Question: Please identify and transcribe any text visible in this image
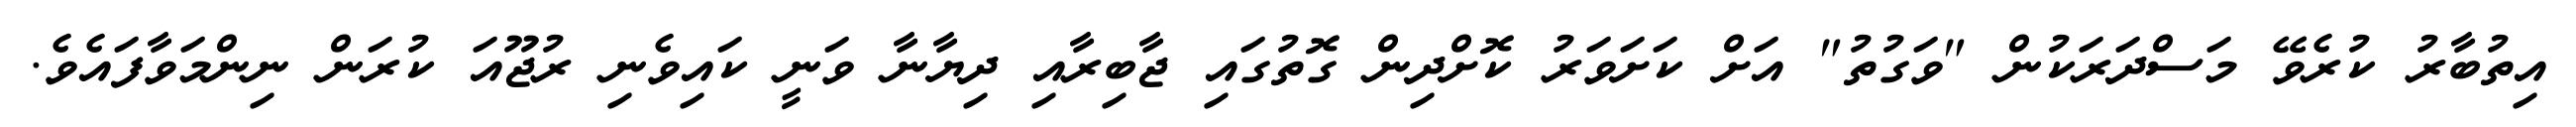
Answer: އިތުބާރު ކުރެވޭ މަސްދަރަކުން "ވަގުތު" އަށް ކަށަވަރު ކޮށްދިން ގޮތުގައި ޖާބިރާއި ދިޔާނާ ވަނީ ކައިވެނި ރުޖޫއަ ކުރަން ނިންމަވާފައެވެ.